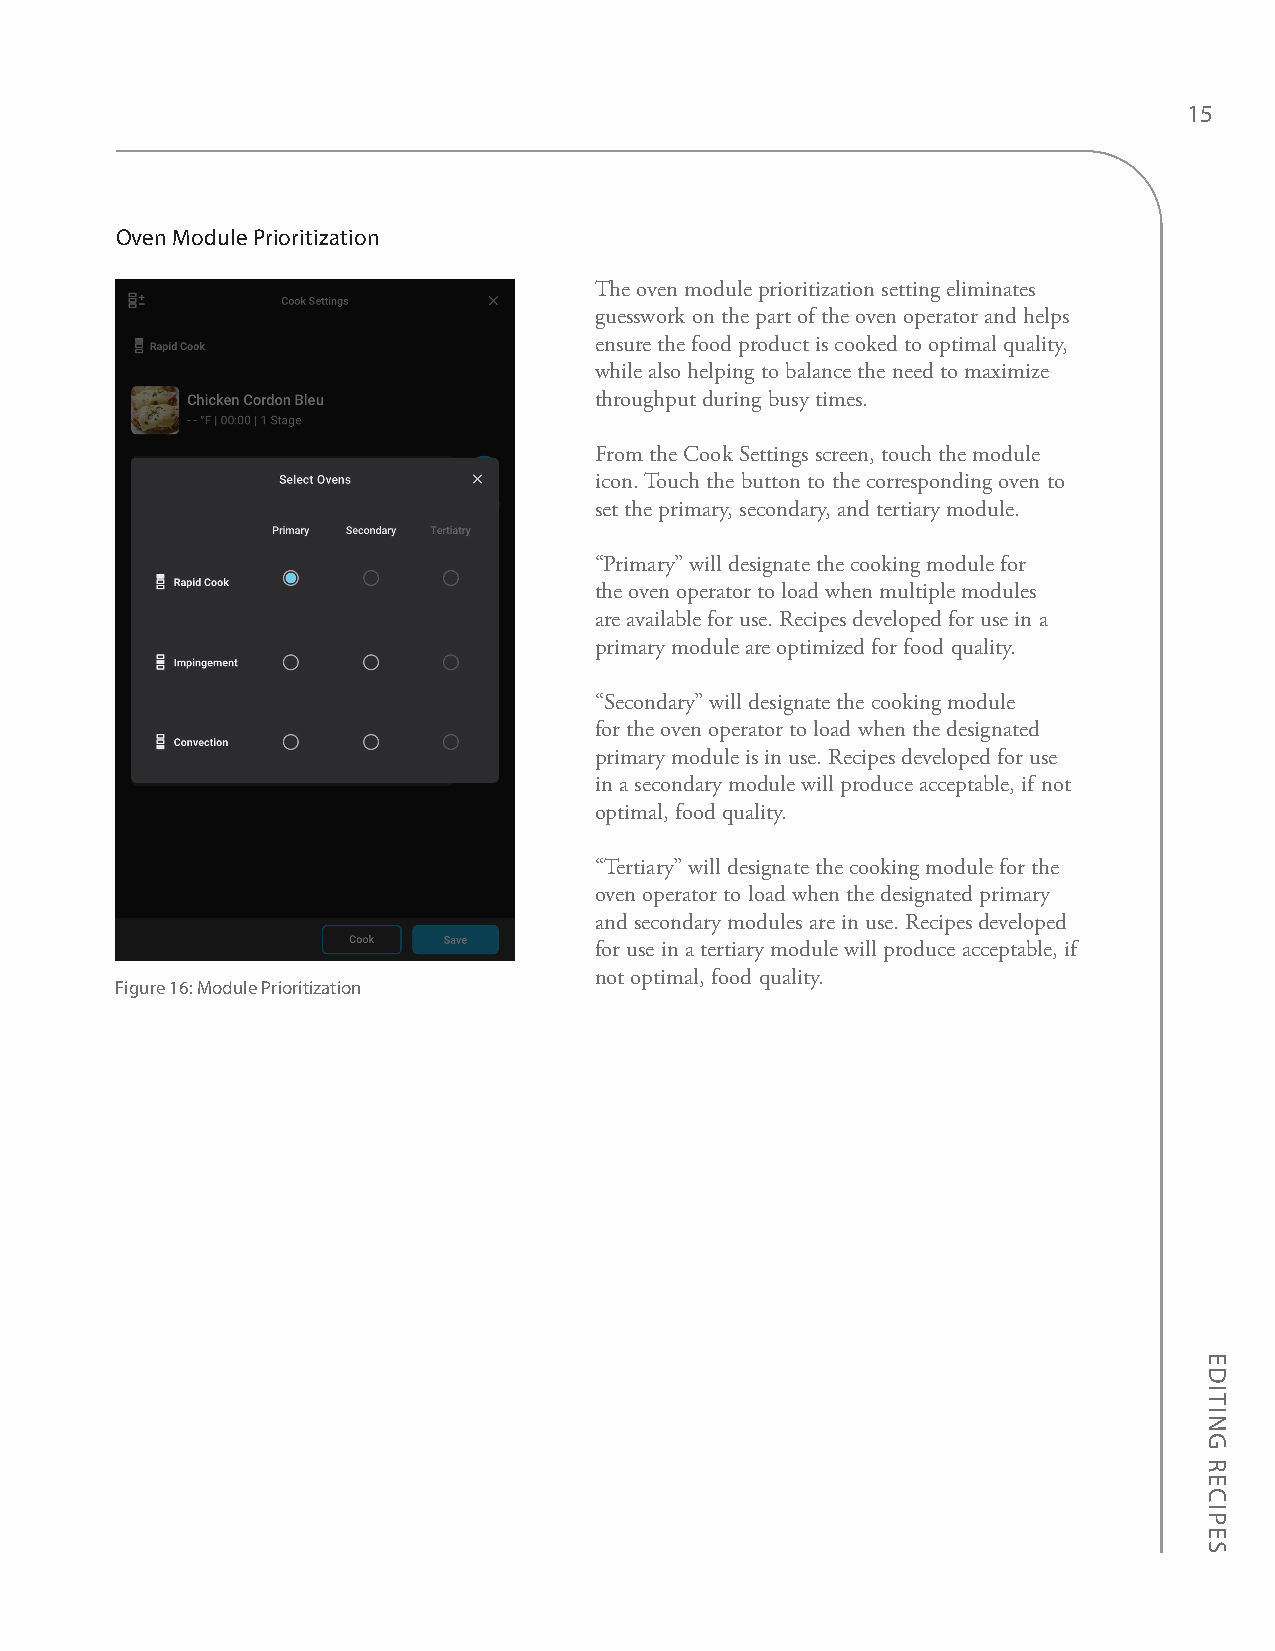
15
 Oven Module Prioritization
 The oven module prioritization setting eliminates
 guesswork on the part of the oven operator and helps
 ensure the food product is cooked to optimal quality,
 while also helping to balance the need to maximize
 throughput during busy times.
 From the Cook Settings screen, touch the module
 icon. Touch the button to the corresponding oven to
 set the primary, secondary, and tertiary module.
 “Primary” will designate the cooking module for
 the oven operator to load when multiple modules
 are available for use. Recipes developed for use in a
 primary module are optimized for food quality.
 “Secondary” will designate the cooking module
 for the oven operator to load when the designated
 primary module is in use. Recipes developed for use
 in a secondary module will produce acceptable, if not
 optimal, food quality.
 “Tertiary” will designate the cooking module for the
 oven operator to load when the designated primary
 and secondary modules are in use. Recipes developed
 for use in a tertiary module will produce acceptable, if
 not optimal, food quality.
 Figure 16: Module Prioritization
 EDITING
 RECIPES